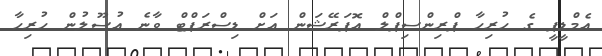
އެމްޑީޕީ ގެ ހުރިހާ ޕްރިންސިޕްލް އޮޕަރޭޝަން އަށް ޑިސްރަޕްޓް ވާނެ އުސޫލުން ހުރިހާ